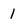
Character: 1